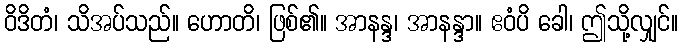
ဝိဒိတံ၊ သိအပ်သည်။ ဟောတိ၊ ဖြစ်၏။ အာနန္ဒ၊ အာနန္ဒာ။ ဧဝံပိ ခေါ၊ ဤသို့လျှင်။